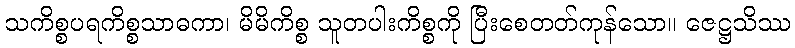
သကိစ္စပရကိစ္စသာဓကာ၊ မိမိကိစ္စ သူတပါးကိစ္စကို ပြီးစေတတ်ကုန်သော။ ဇေဋ္ဌသိဿ